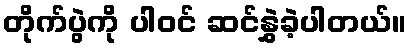
တိုက်ပွဲကို ပါဝင် ဆင်နွှဲခဲ့ပါတယ်။